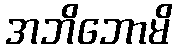
အဘိဘောမိ